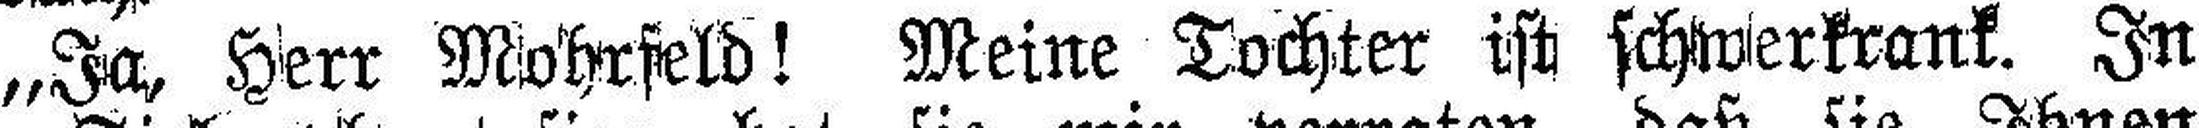
„Ja, Herr Mohrfeld! Meine Tochter ist schwerkrank. In